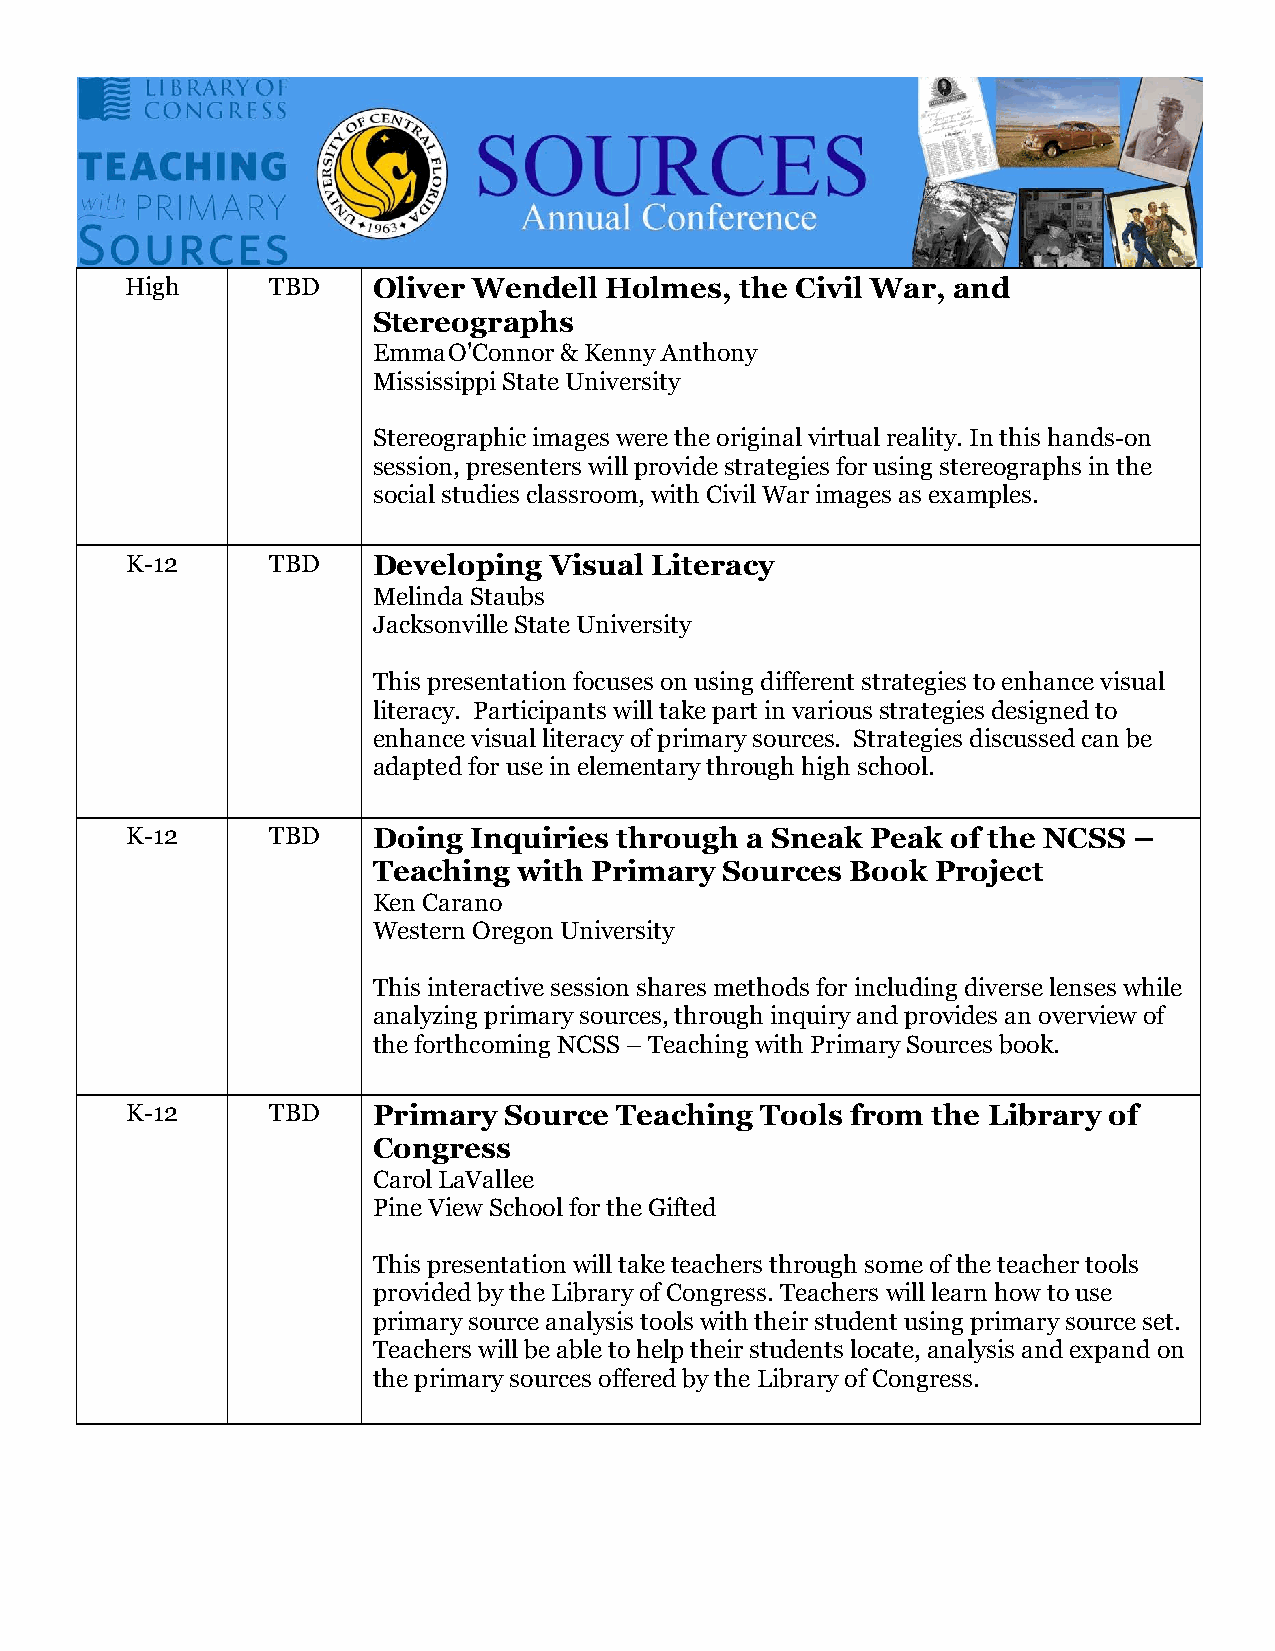
High      TBD    Oliver Wendell Holmes,  the Civil War, and
 Stereographs
 Emma O'Connor & Kenny Anthony
 Mississippi State University
 Stereographic images were the original virtual reality. In this hands-on
 session, presenters will provide strategies for using stereographs in the
 social studies classroom, with Civil War images as examples.
 K-12      TBD    Developing Visual Literacy
 Melinda Staubs
 Jacksonville State University
 This presentation focuses on using different strategies to enhance visual
 literacy. Participants will take part in various strategies designed to
 enhance visual literacy of primary sources. Strategies discussed can be
 adapted for use in elementary through high school.
 K-12      TBD    Doing Inquiries through a Sneak  Peak of the NCSS –
 Teaching with Primary  Sources Book  Project
 Ken Carano
 Western Oregon University
 This interactive session shares methods for including diverse lenses while
 analyzing primary sources, through inquiry and provides an overview of
 the forthcoming NCSS – Teaching with Primary Sources book.
 K-12      TBD    Primary Source  Teaching Tools from  the Library of
 Congress
 Carol LaVallee
 Pine View School for the Gifted
 This presentation will take teachers through some of the teacher tools
 provided by the Library of Congress. Teachers will learn how to use
 primary source analysis tools with their student using primary source set.
 Teachers will be able to help their students locate, analysis and expand on
 the primary sources offered by the Library of Congress.